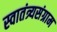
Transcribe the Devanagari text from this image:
स्वातंत्र्यसंग्राम